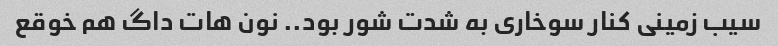
سیب زمینی کنار سوخاری به شدت شور بود.. نون هات داگ هم خوقع